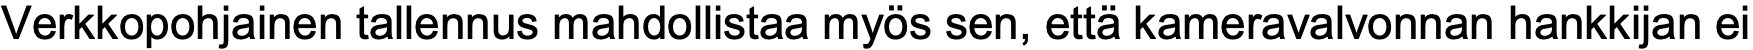
Verkkopohjainen tallennus mahdollistaa myös sen, että kameravalvonnan hankkijan ei